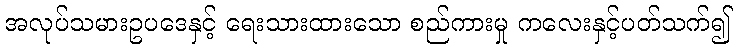
အလုပ်သမားဥပဒေနှင့် ရေးသားထားသော စည်ကားမှု ကလေးနှင့်ပတ်သက်၍